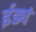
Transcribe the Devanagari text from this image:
ईड्यं